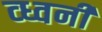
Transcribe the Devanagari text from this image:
व्ध्वनी